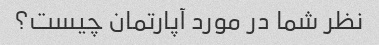
نظر شما در مورد آپارتمان چیست؟